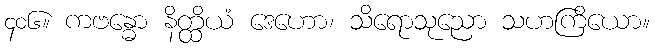
၄၀၆။ ကဗန္ဓော နိတ္ထိယံ ဒေဟော၊ သိရောသုညော သဟကြိယော။